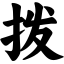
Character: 拨